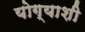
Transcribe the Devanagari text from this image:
योग्याशी